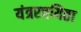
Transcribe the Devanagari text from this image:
यंत्ररचयिता